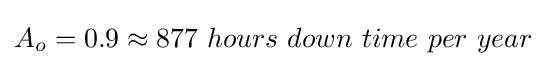
A_{o}=0.9\approx 877\ hours\ down\ time\ per\ year